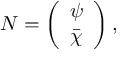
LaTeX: N = \left( \begin{array} { c } { { \psi } } \\ { { \bar { \chi } } } \end{array} \right) ,